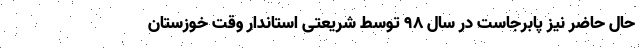
حال حاضر نیز پابرجاست در سال ۹۸ توسط شریعتی استاندار وقت خوزستان